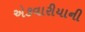
એકવારીયાની